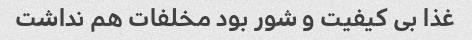
غذا بی کیفیت و شور بود مخلفات هم نداشت